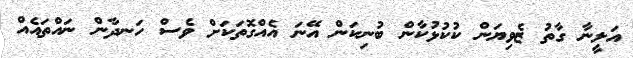
އަލީނާ ގާތު ޒެވިޔަން ކުކުޅުކާން ބުނިކަން އޭނަ އެއްގޮތަކަށް ވެސް ހަނދާން ނައްތައެއް